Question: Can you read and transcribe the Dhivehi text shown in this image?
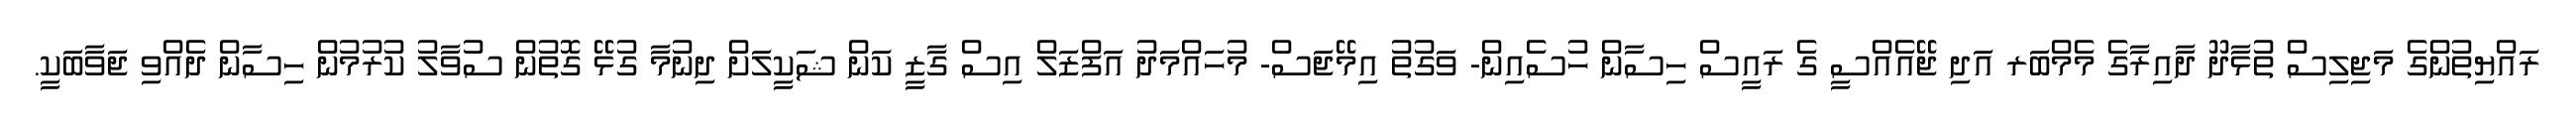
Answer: ރައްޔިތުންގެ މަޖިލިސް ތުޅާދޫ ދާއިރާގެ މެމްބަރ އަދި ޖޭއެއްސީ ގެ ރައީސް ހިސާން ހުސެއިން- ވަގުތު އިމޭޖަސް- މުހައްމަދު އަފްޒަލް އިސް ގާޒީ ކަން ޝަކީލަށް ދިނުމާ ގުޅޭ ގޮތުން ސުވާލު ކުރުމުން ހިސާން ދެއްވި ޖަވާބަކީ.